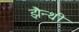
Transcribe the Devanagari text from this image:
झैन्थी